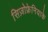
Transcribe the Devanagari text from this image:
सिज़ोफ्रेनियाके